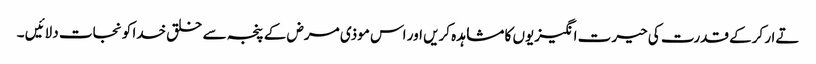
تےار کرکے قدرت کی حیرت انگیزیوں کا مشاہدہ کریں اور اس موذی مرض کے پنجہ سے خلق خدا کو نجات دلائیں ۔